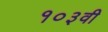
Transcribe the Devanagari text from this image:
१०३वी